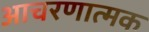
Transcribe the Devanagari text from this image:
आचरणात्मक